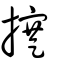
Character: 攓